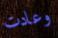
وعادت